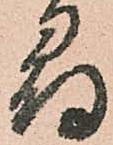
尋